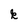
Character: k